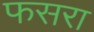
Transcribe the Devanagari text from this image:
फसरा